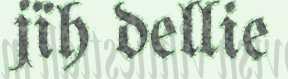
jïh dellie